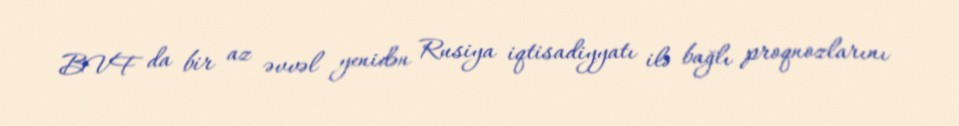
BVF da bir az əvvəl yenidən Rusiya iqtisadiyyatı ilə bağlı proqnozlarını